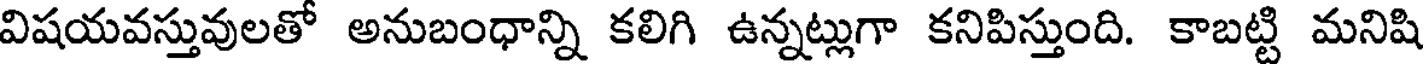
విషయవస్తువులతో అనుబంధాన్ని కలిగి ఉన్నట్లుగా కనిపిస్తుంది. కాబట్టి మనిషి